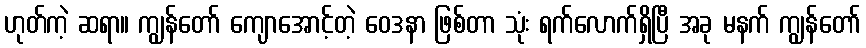
ဟုတ်ကဲ့ ဆရာ။ ကျွန်တော် ကျောအောင့်တဲ့ ဝေဒနာ ဖြစ်တာ သုံး ရက်လောက်ရှိပြီ အခု မနက် ကျွန်တော်